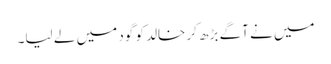
میں نے آگے بڑھ کر خالد کو گود میں لے لیا۔